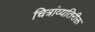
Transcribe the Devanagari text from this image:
चित्रांव्यतिरीक्त